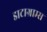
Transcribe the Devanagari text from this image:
डाटाग्राम्स